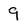
Character: 9